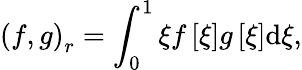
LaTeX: \left(f,g\right)_{r}=\int_{0}^{1}\xi f\left[\xi\right]g\left[\xi\right]\mathrm{d}\xi,